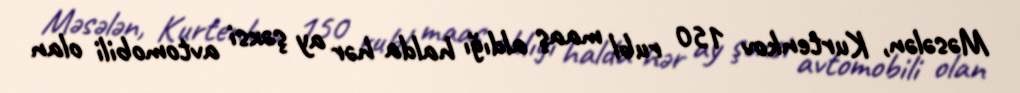
Məsələn, Kurtenkov 150 rubl maaş aldığı halda hər ay şəxsi avtomobili olan